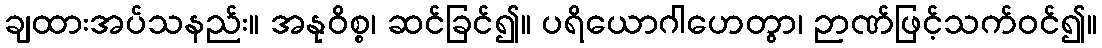
ချထားအပ်သနည်း။ အနုဝိစ္စ၊ ဆင်ခြင်၍။ ပရိယောဂါဟေတွာ၊ ဉာဏ်ဖြင့်သက်ဝင်၍။